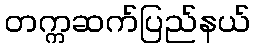
တက္ကဆက်ပြည်နယ်